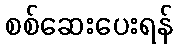
စစ်ဆေးပေးရန်